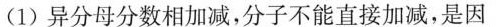
(1)异分母分数相加减，分子不能直接加减，是因